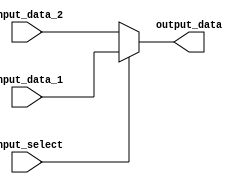
module multiplexer (input_data_1, input_data_2, input_select, output_data);
   
	input input_select;
	input [63 : 0] input_data_1, input_data_2;
	output[63 : 0] output_data;

	assign output_data = input_select ? input_data_1 : input_data_2;

endmodule